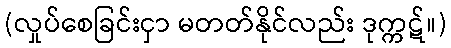
(လှုပ်စေခြင်းငှာ မတတ်နိုင်လည်း ဒုက္ကဋ်။)